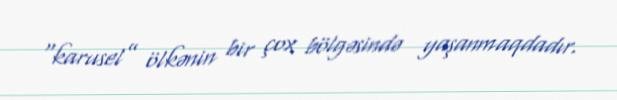
“karusel” ölkənin bir çox bölgəsində yaşanmaqdadır.